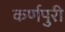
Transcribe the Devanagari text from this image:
कर्णपुरी